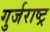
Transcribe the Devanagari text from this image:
गुर्जराष्ट्र